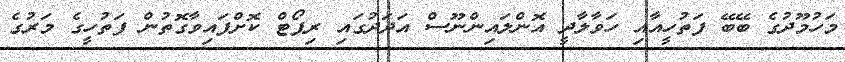
މަހުމޫދުގެ ބޭބޭ ފަތުހީއާއި ހަވާލާދީ އޮންލައިންނޫސް އަދަދުގައި ރިޕޯޓް ކޮށްފައިވާގޮތުން ފަތުހީގެ މަރުގެ